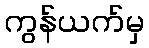
ကွန်ယက်မှ